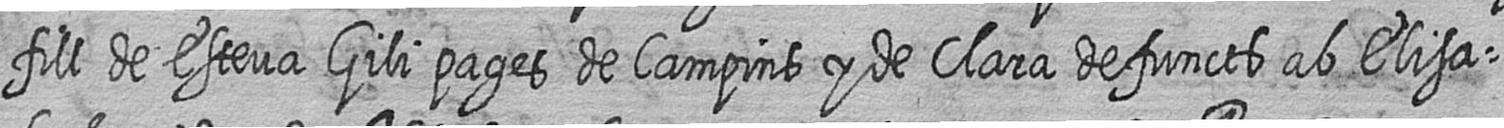
fill de Esteva Gili pages de Campins y de Clara defuncts ab Elisa=